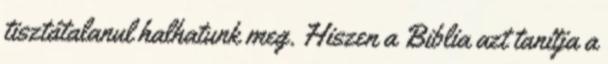
tisztátalanul halhatunk meg. Hiszen a Biblia azt tanítja a